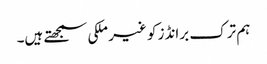
ہم ترک برانڈز کو غیر ملکی سمجھتے ہیں۔